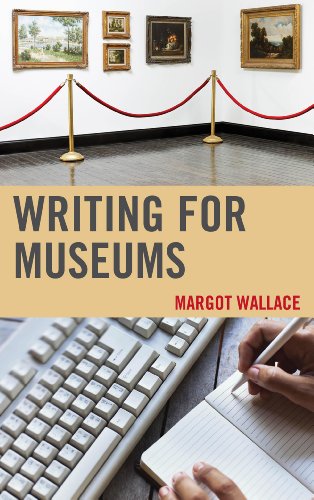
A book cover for Writing for Museums; Margot Wallace; Business & Money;